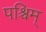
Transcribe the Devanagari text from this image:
पश्चिम्